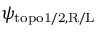
\psi _ { \mathrm { t o p o 1 / 2 , R / L } }